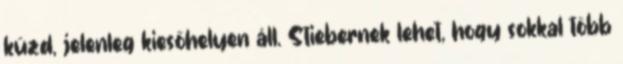
küzd, jelenleg kiesőhelyen áll. Stiebernek lehet, hogy sokkal több